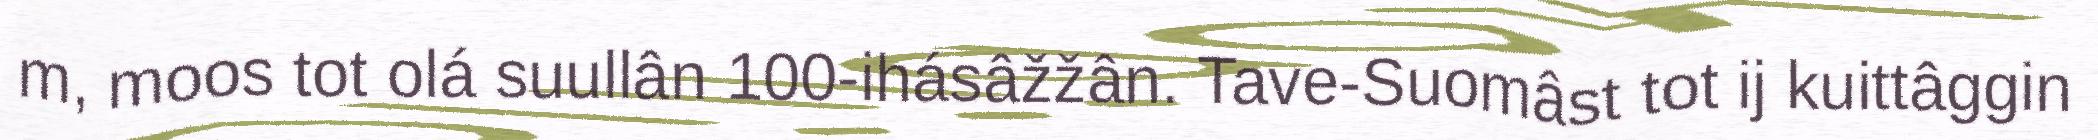
m, moos tot olá suullân 100-ihásâžžân. Tave-Suomâst tot ij kuittâggin